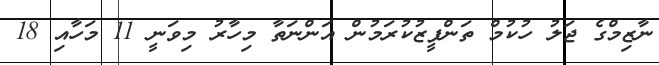
ނާޒިމްގެ ޖަލު ހުކުމް ތަންފީޒުކުރަމުން އަންނަތާ މިހާރު މިވަނީ 11 މަހާއި 18